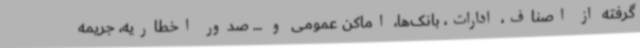
گرفته از اصناف، ادارات، بانک‌ها، اماکن عمومی و ... صدور اخطاریه، جریمه